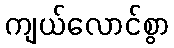
ကျယ်လောင်စွာ